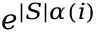
e ^ { | S | \alpha ( i ) }